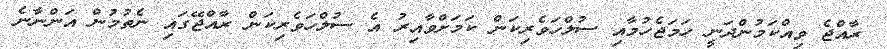
ރާއްޖެ ވިއްކަމުންދަނީ ހަމަޖެހުމާއި ސުލްހަވެރިކަން ކަމަށްވާއިރު އެ ސުލްހަވެރިކަން ރާއްޖޭގައި ނެތުމުން އަންނާނެ